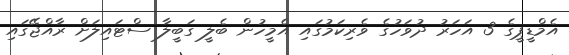
އެމްޑީޕީގެ 3 އަހަރު ދުވަހުގެ ވެރިކަމުގައި އެމީހުން ބެލީ ގަބީލާ ސްޓައިލަށް ރާއްޖޭގައި